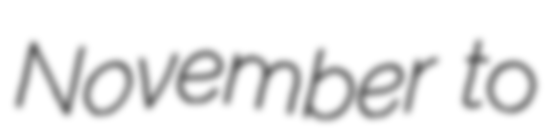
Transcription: November to